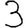
Digit: 3